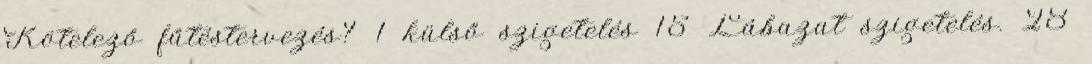
Kötelező fűtéstervezés? 1 külső szigetelés 15 Lábazat szigetelés. 28